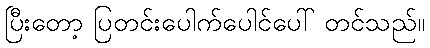
ပြီးတော့ ပြတင်းပေါက်ပေါင်ပေါ် တင်သည်။